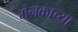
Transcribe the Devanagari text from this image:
मेनकाच्या